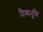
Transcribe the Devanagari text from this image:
दिव्यभूमि